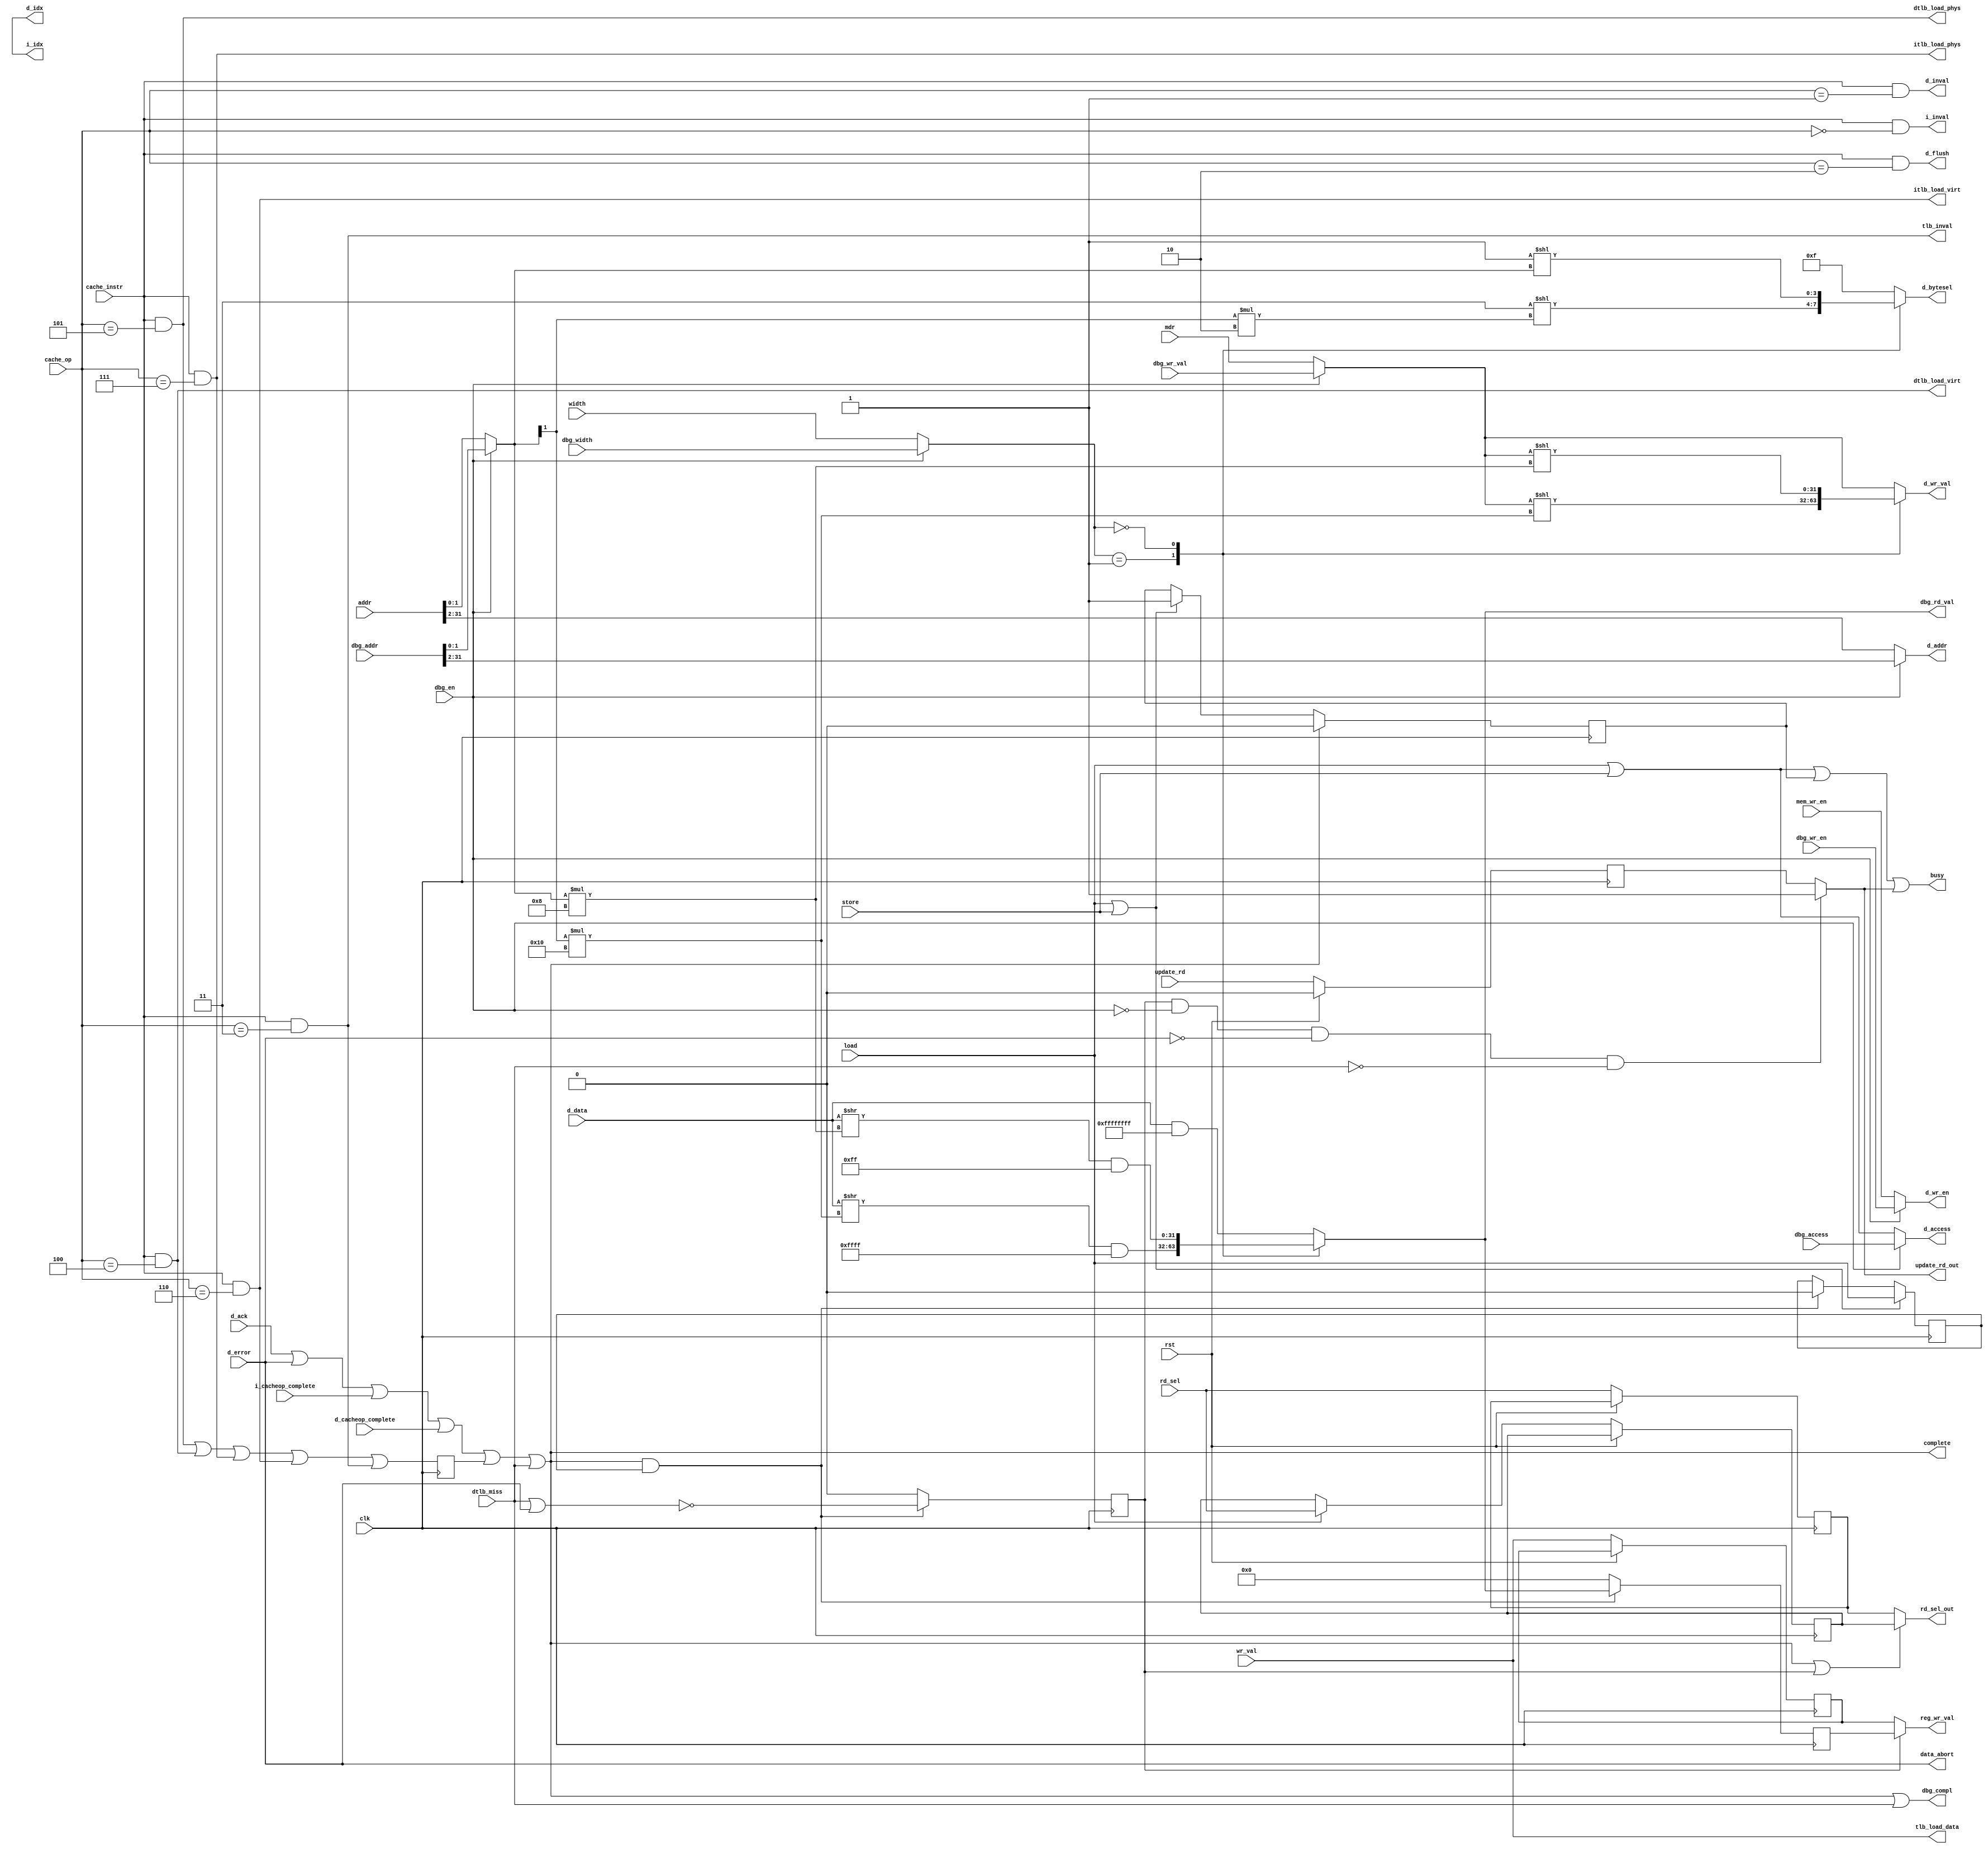
module oldland_memory(input wire		clk,
		      input wire		rst,
		      input wire		load,
		      input wire		store,
		      input wire [31:0] 	addr,
		      input wire [31:0] 	mdr,
		      input wire		mem_wr_en,
		      input wire [1:0]		width,
		      input wire [31:0] 	wr_val,
		      input wire		update_rd,
		      input wire [3:0]		rd_sel,
		      output wire [31:0]	reg_wr_val,
		      output wire		update_rd_out,
		      output wire [3:0]		rd_sel_out,
		      output wire		complete,
		      output wire		data_abort,
		      /* Signals to data bus */
		      output wire [29:0]	d_addr,
		      output reg [3:0]		d_bytesel,
		      output wire		d_wr_en,
		      output reg [31:0]		d_wr_val,
		      input wire [31:0]		d_data,
		      output wire		d_access,
		      input wire		d_ack,
		      input wire		d_error,
		      input wire		dtlb_miss,
		      /* Debug control signals. */
		      input wire		dbg_en,
		      input wire		dbg_access,
		      input wire		dbg_wr_en,
		      input wire [31:0]		dbg_addr,
		      input wire [1:0]		dbg_width,
		      input wire [31:0]		dbg_wr_val,
		      output wire [31:0]	dbg_rd_val,
		      output wire		dbg_compl,
		      output wire		busy,
		      input wire		cache_instr,
		      input wire [2:0]		cache_op,
		      output wire		i_inval,
		      output wire [icache_idx_bits - 1:0] i_idx,
		      input wire		i_cacheop_complete,
		      output wire		d_inval,
		      output wire		d_flush,
		      input wire		d_cacheop_complete,
		      output wire [dcache_idx_bits - 1:0] d_idx,
		      /* TLB signals. */
		      output wire		tlb_inval,
		      output wire [31:0]	tlb_load_data,
		      output wire		dtlb_load_virt,
		      output wire		dtlb_load_phys,
		      output wire		itlb_load_virt,
		      output wire		itlb_load_phys);

parameter	icache_idx_bits = 0;
parameter	dcache_idx_bits = 0;

reg [31:0]	wr_val_bypass;
reg		update_rd_bypass = 1'b0;
reg [31:0]	mem_rd_val;

wire [31:0]	wr_data = dbg_en ? dbg_wr_val : mdr;

wire [1:0]	byte_addr = dbg_en ? dbg_addr[1:0] : addr[1:0];
assign		d_addr = dbg_en ? dbg_addr[31:2] : addr[31:2];
assign		d_wr_en = dbg_en ? dbg_wr_en : mem_wr_en;
assign		d_access = dbg_en ? dbg_access : (load | store);

reg [3:0]	rd_sel_out_bypass = 4'b0;
reg [3:0]	mem_rd = 4'b0;
reg [31:0]	rd_mask = 32'b0;
wire [1:0]	mem_width = dbg_en ? dbg_width : width;

reg		bus_busy = 1'b0;
reg		loading = 1'b0;
reg		load_complete = 1'b0;
reg [31:0]	load_val = 32'b0;

assign		reg_wr_val = load_complete ? load_val : wr_val_bypass;
assign		complete = d_ack | d_error | i_cacheop_complete |
			d_cacheop_complete | tlb_cacheop_complete |
			dtlb_miss;
assign		update_rd_out = load_complete && !dbg_en && !d_error && !dtlb_miss ?
			1'b1 : update_rd_bypass;
assign		rd_sel_out = complete | load_complete ? mem_rd : rd_sel_out_bypass;

assign		dbg_rd_val = mem_rd_val;
assign		dbg_compl = complete | dtlb_miss;
assign		data_abort = d_error;

assign		busy = load | store | bus_busy | update_rd_out;
assign		i_idx = wr_val[icache_idx_bits - 1:0];
assign		d_idx = wr_val[dcache_idx_bits - 1:0];
assign		i_inval = cache_instr && cache_op == 3'd0;
assign		d_inval = cache_instr && cache_op == 3'd1;
assign		d_flush = cache_instr && cache_op == 3'd2;
assign		tlb_inval = cache_instr && cache_op == 3'd3;
assign		dtlb_load_virt = cache_instr && cache_op == 3'd4;
assign		dtlb_load_phys = cache_instr && cache_op == 3'd5;
assign		itlb_load_virt = cache_instr && cache_op == 3'd6;
assign		itlb_load_phys = cache_instr && cache_op == 3'd7;
assign		tlb_load_data = wr_val;

reg             tlb_cacheop_complete = 1'b0;

always @(posedge clk)
	tlb_cacheop_complete <= (dtlb_load_phys | dtlb_load_virt | itlb_load_phys
				 | itlb_load_virt | tlb_inval);

initial begin
	wr_val_bypass = 32'b0;
	d_bytesel = 4'b0;
	d_wr_val = 32'b0;
	mem_rd_val = 32'b0;
end

always @(posedge clk) begin
	load_complete <= 1'b0;
	load_val <= 32'b0;

	if (complete && loading) begin
		load_complete <= ~(dtlb_miss | d_error);
		loading <= 1'b0;
		load_val <= mem_rd_val;
	end

	if (load || store) begin
		loading <= load;
		bus_busy <= 1'b1;
	end

	if (complete)
		bus_busy <= 1'b0;
end

always @(posedge clk) begin
	if (rst) begin
		update_rd_bypass <= 1'b0;
	end else begin
		update_rd_bypass <= update_rd;
		wr_val_bypass <= wr_val;
		rd_sel_out_bypass <= rd_sel;

		if (load)
			mem_rd <= rd_sel;
	end
end

/* Byte enables and rotated data write value. */
always @(*) begin
	case (mem_width)
	2'b10: begin
		rd_mask = {32{1'b1}};
		d_bytesel = 4'b1111;
		d_wr_val = wr_data;
		mem_rd_val = d_data & rd_mask;
	end
	2'b01: begin
		rd_mask = {{16{1'b0}}, {16{1'b1}}};
		d_bytesel = 4'b0011 << (byte_addr[1] * 2);
		d_wr_val = wr_data << (byte_addr[1] * 16);
		mem_rd_val = (d_data >> (byte_addr[1] * 16)) & rd_mask;
	end
	2'b00: begin
		rd_mask = {{24{1'b0}}, {8{1'b1}}};
		d_bytesel = 4'b0001 << byte_addr[1:0];
		d_wr_val = wr_data << (byte_addr[1:0] * 8);
		mem_rd_val = (d_data >> (byte_addr[1:0] * 8)) & rd_mask;
	end
	default: begin
		rd_mask = {32{1'b1}};
		d_bytesel = 4'b1111;
		d_wr_val = wr_data;
		mem_rd_val = d_data & rd_mask;
	end
	endcase
end

endmodule